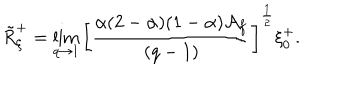
LaTeX: \tilde { R } _ { \xi } ^ { + } = \lim _ { q \to 1 } \left[ \frac { \alpha ( 2 - \alpha ) ( 1 - \alpha ) \mathcal { A } _ { f } } { ( q - 1 ) } \right] ^ { \frac { 1 } { 2 } } \xi _ { 0 } ^ { + } .